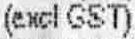
(EXCL GST)